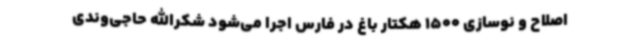
اصلاح و نوسازی 1500 هکتار باغ در فارس اجرا می‌شود شکرالله حاجی‌وندی